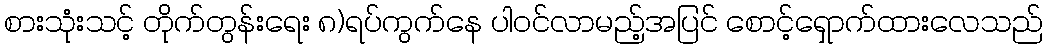
စားသုံးသင့် တိုက်တွန်းရေး ၈)ရပ်ကွက်နေ ပါဝင်လာမည့်အပြင် စောင့်ရှောက်ထားလေသည်